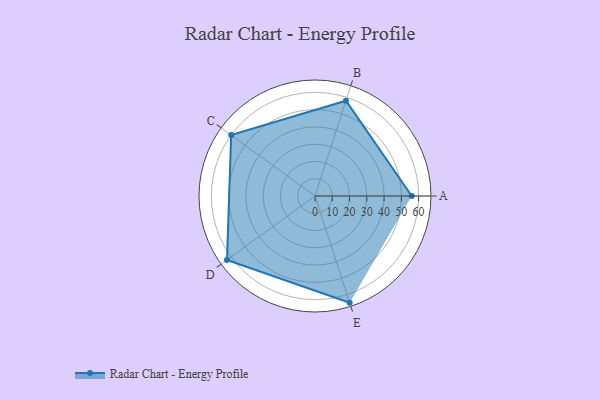
{"axis": {"x": "Skill", "y": "Score"}, "legend": ["Profile"], "data": [{"x": "A", "y": 56.0, "type": "Profile"}, {"x": "B", "y": 58.0, "type": "Profile"}, {"x": "C", "y": 60.0, "type": "Profile"}, {"x": "D", "y": 63.0, "type": "Profile"}, {"x": "E", "y": 65.0, "type": "Profile"}]}